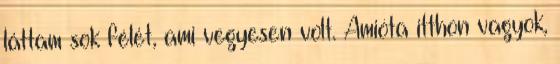
láttam sok félét, ami vegyesen volt. Amióta itthon vagyok,